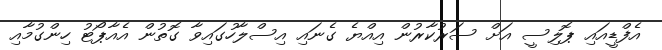
އެފްޑީއައި ޕޮލިސީ އަށް ސަރުކާރުން އިއްޔެ ގެނައި އިސްލާހުގައިވާ ގޮތުން އެއާޕޯޓު ހިންގުމާއި